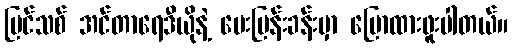
ပြင်သစ် အင်တာရေဒီယိုနဲ့ မေးမြန်းခန်းမှာ ပြောထားဖူးပါတယ်။